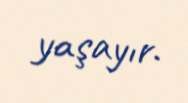
yaşayır.